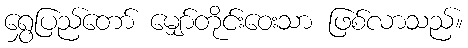
ရွှေပြည်တော် မျှော်တိုင်းဝေးသာ ဖြစ်လာသည်။